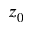
z _ { 0 }